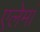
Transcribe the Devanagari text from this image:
एलेमां